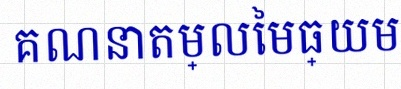
គណនាតម្លៃមធ្យម